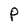
Character: P